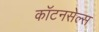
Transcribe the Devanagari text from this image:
कॉटनसेल्स